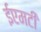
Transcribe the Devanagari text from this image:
ईएमटी